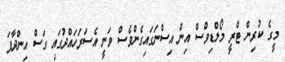
މީގެ ކުރިން ޓްރީ މޯލްޑިވްސް އިން އިސްނަގައިގެންވެސް ވަނީ އެސަރަހައްދުގައި ގަސް އިންދާފަ